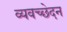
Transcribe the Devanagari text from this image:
व्यवच्छेदन